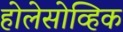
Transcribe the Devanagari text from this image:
होलेसोव्हिक